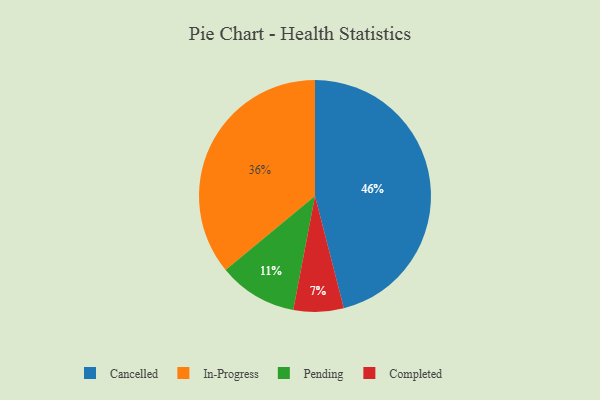
{"axis": {"x": "Category", "y": "Percentage"}, "legend": ["Cancelled", "Completed", "In-Progress", "Pending"], "data": [{"x": "Completed", "y": 7, "type": "Completed"}, {"x": "Cancelled", "y": 46, "type": "Cancelled"}, {"x": "In-Progress", "y": 36, "type": "In-Progress"}, {"x": "Pending", "y": 11, "type": "Pending"}]}